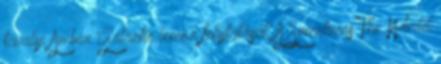
tavalyi Amber Galactic lemez folytatását. A Sometimes The World